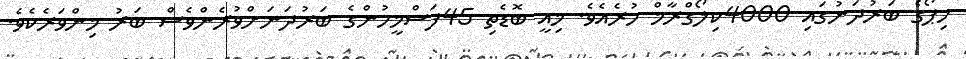
ހިޕޯގެ ބަރުދަނުގައި 4000ކިލޯގްރާމް ހުރެއެވެ. މިއީ ބޮޑެތި 45ފަސްމީހުންގެ ބަރުދަނަށްވުރެންވެސް ބަރު މިންވަރެކެވެ.